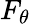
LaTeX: F_{\theta}